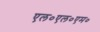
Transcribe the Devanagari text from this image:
एल०एल०एम०